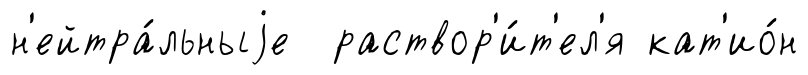
н'ейтра́льныjе раствор'и́т'ел'я кат'ио́н